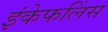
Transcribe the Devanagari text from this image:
इंकेफलिंस